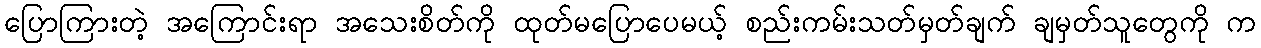
ပြောကြားတဲ့ အကြောင်းရာ အသေးစိတ်ကို ထုတ်မပြောပေမယ့် စည်းကမ်းသတ်မှတ်ချက် ချမှတ်သူတွေကို က